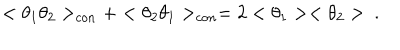
< \theta _ { 1 } \theta _ { 2 } > _ { c o n } + < \theta _ { 2 } \theta _ { 1 } > _ { c o n } = 2 < \theta _ { 1 } > < \theta _ { 2 } > \ .